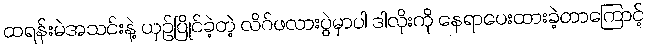
ထရန်းမဲအသင်းနဲ့ ယှဥ်ပြိုင်ခဲ့တဲ့ လိဂ်ဖလားပွဲမှာပါ ဒါလိုးကို နေရာပေးထားခဲ့တာကြောင့်